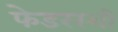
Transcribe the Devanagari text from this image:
फेडररशी